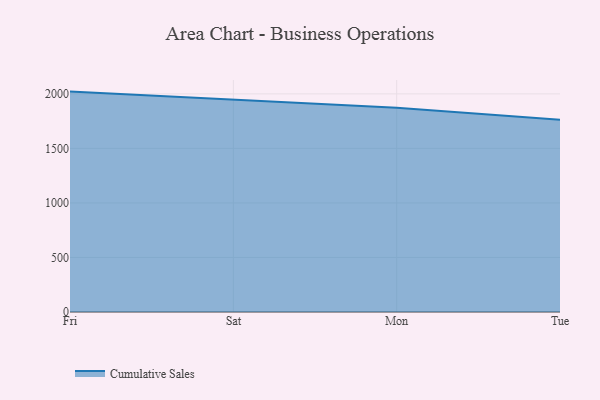
{"axis": {"x": "Day", "y": "Satisfaction Score"}, "legend": ["Cumulative Sales"], "data": [{"x": "Fri", "y": 2020.7, "type": "Cumulative Sales"}, {"x": "Sat", "y": 1948.4, "type": "Cumulative Sales"}, {"x": "Mon", "y": 1871.7, "type": "Cumulative Sales"}, {"x": "Tue", "y": 1762.3, "type": "Cumulative Sales"}]}